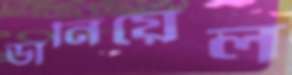
ডানিয়েল